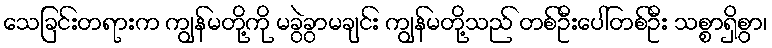
သေခြင်းတရားက ကျွန်မတို့ကို မခွဲခွာမချင်း ကျွန်မတို့သည် တစ်ဦးပေါ်တစ်ဦး သစ္စာရှိစွာ၊